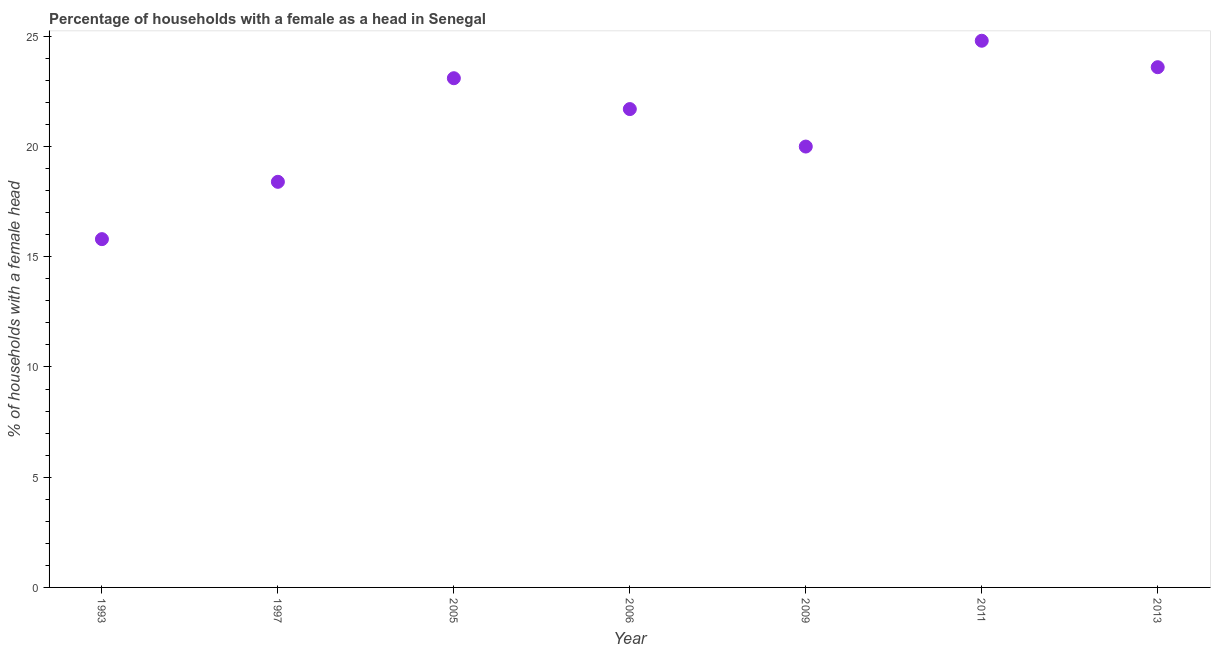
| Year | Female headed households |
 | --- | --- |
 | 1993 | 15.8 |
 | 1997 | 18.4 |
 | 2005 | 23.1 |
 | 2006 | 21.7 |
 | 2009 | 20 |
 | 2011 | 24.8 |
 | 2013 | 23.6 |